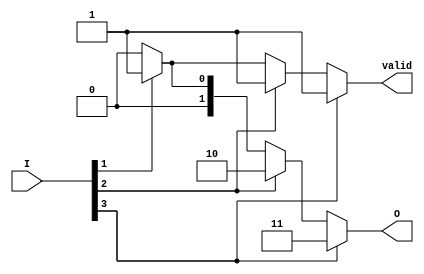
module PriorityEncoder #(parameter n = 4, parameter m = 2) (
    input  wire [n-1:0] I,          // n input signals
    output reg  [m-1:0] O,          // m output code for the highest priority active input
    output reg        valid          // Output valid signal
);
    
    // Combinational logic for priority encoding
    always @(*) begin
        // Default values
        O = {m{1'b0}};  // Initialize output to zero
        valid = 1'b0;   // Initialize valid signal to false
        
        // Check inputs from highest to lowest priority
        if (I[n-1]) begin
            O = n-1;    // Highest priority input (I[n-1]) is active
            valid = 1'b1;
        end else if (I[n-2]) begin
            O = n-2;    // Second highest priority input (I[n-2]) is active
            valid = 1'b1;
        end else if (I[n-3]) begin
            O = n-3;    // Third highest priority input (I[n-3]) is active
            valid = 1'b1;
        end else if (n > 4 && I[n-4]) begin
            O = n-4;    // Fourth highest priority input (I[n-4]) is active
            valid = 1'b1;
        end
        // Add additional checks for more inputs if n > 4
        // Following the same pattern for further inputs up to n-1
    end

endmodule